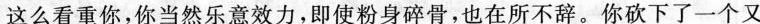
这么看重你，你当然乐意效力，即使粉身碎骨，也在所不辞。你砍下了一个又